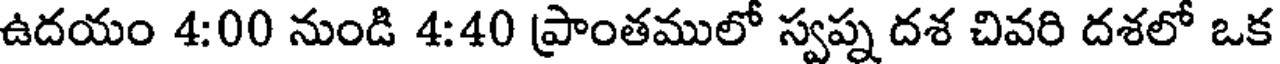
ఉదయం 4:00 నుండి 4:40 ప్రాంతములో స్వప్న దశ చివరి దశలో ఒక